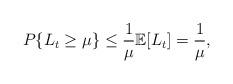
LaTeX: \begin{align*}P\{ L_t\ge{\mu} \} \le\frac{1}{\mu}\mathbb{E}[L_t]=\frac{1}{\mu},\end{align*}